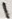
Text: 1